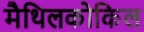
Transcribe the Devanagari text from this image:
मैथिलकोकिल